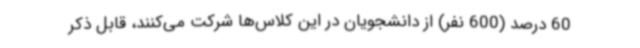
60 درصد (600 نفر) از دانشجویان در این کلاس‌ها شرکت می‌کنند، قابل ذکر